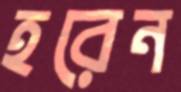
হরেন